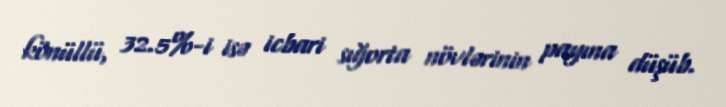
könüllü, 32.5%-i isə icbari sığorta növlərinin payına düşüb.